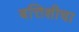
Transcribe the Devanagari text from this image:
बत्तिशीचा